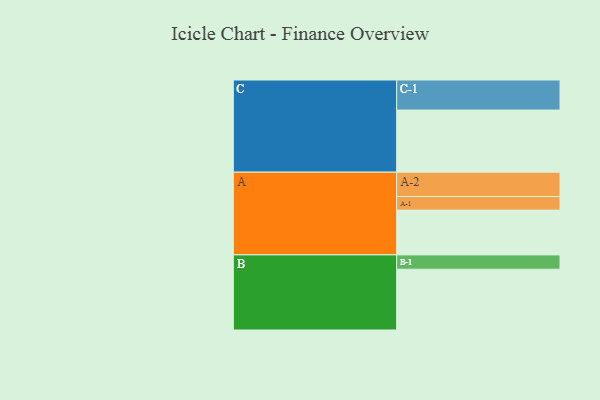
{"axis": {"x": "Segment", "y": "Value"}, "legend": ["", "A", "B", "C"], "data": [{"x": "A", "y": 378, "type": ""}, {"x": "B", "y": 513, "type": ""}, {"x": "C", "y": 524, "type": ""}, {"x": "A-1", "y": 115, "type": "A"}, {"x": "A-2", "y": 205, "type": "A"}, {"x": "B-1", "y": 121, "type": "B"}, {"x": "C-1", "y": 254, "type": "C"}]}